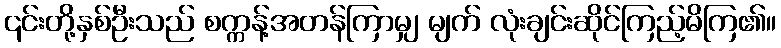
၎င်းတို့နှစ်ဦးသည် စက္ကန့်အတန်ကြာမျှ မျက် လုံးချင်းဆိုင်ကြည့်မိကြ၏။